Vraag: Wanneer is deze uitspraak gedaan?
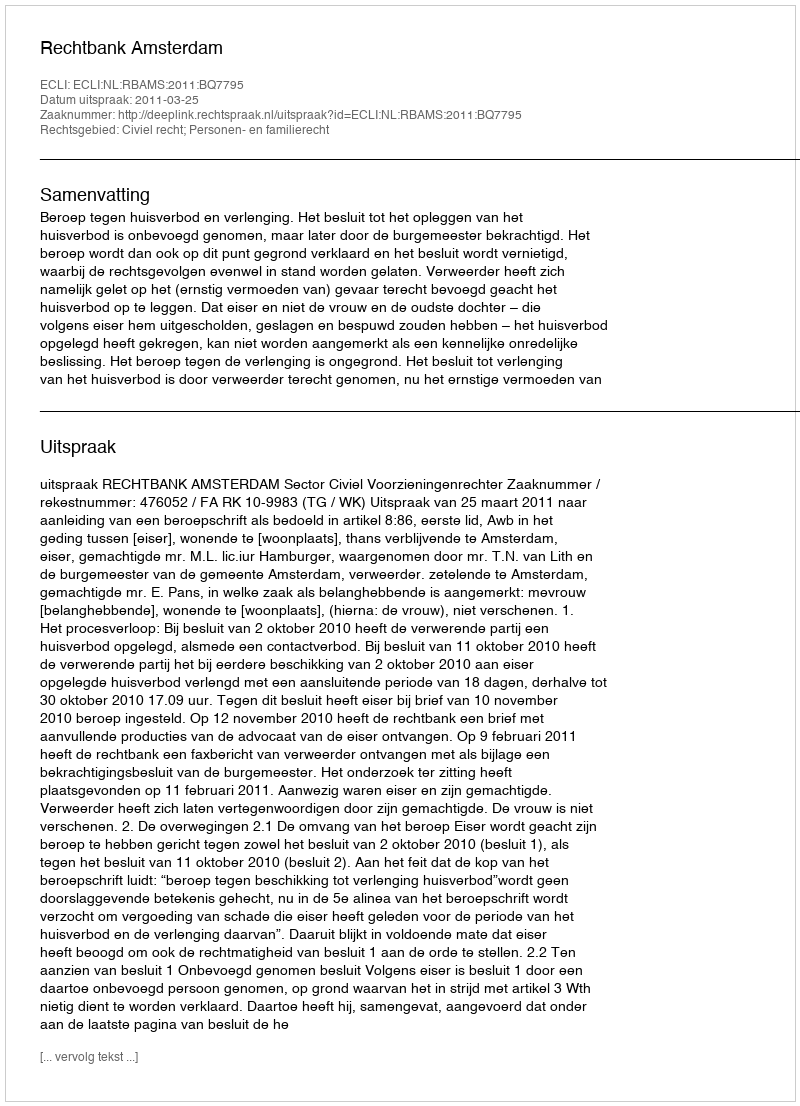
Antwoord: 2011-03-25